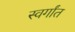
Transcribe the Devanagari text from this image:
स्वर्गांत